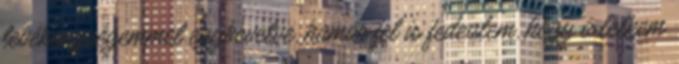
tevékenységemmel egybevetve, hamar fel is fedeztem, hogy a lelkem